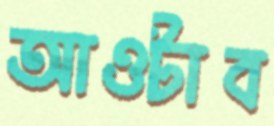
আওটাব